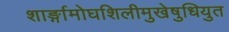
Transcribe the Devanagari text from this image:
शार्ङ्गामोघशिलीमुखेषुधियुत